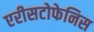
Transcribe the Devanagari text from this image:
एरीसटोफेनिस